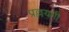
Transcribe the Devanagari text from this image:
प्रल्लयगी